Vital statistics of India. Vol. IV, Annual returns from 1871 to 1876. British Army of India, Native Army and jails of Bengal
Year: 1871
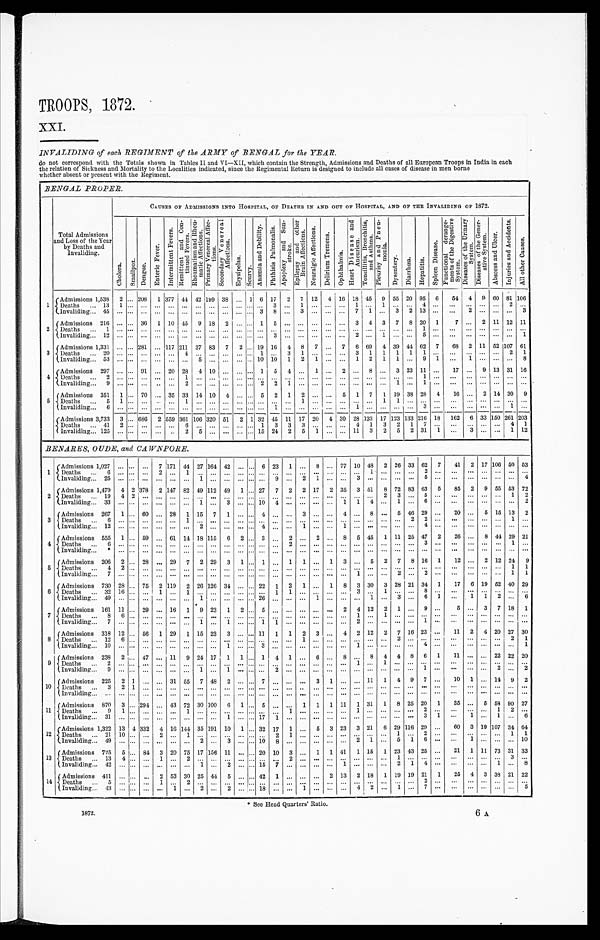
TROOPS, 1872
.
XXI.
INVALIDING of each REGIMENT of the ARMY of BENGAL for the YEAR.
do not correspond with the Totals shown in Tables II and VI—XII, which contain the Strength, Admissions and Deaths of all European Troops in India in each
the relation of Sickness and Mortality to the Localities indicated, since the Regimental Return is designed to include all cases of disease in men borne
whether absent or present with the Regiment.
BENGAL PROPER.
CAUSES OF ADMISSIONS INTO HOSPITAL, OF DEATHS IN AND OUT OF HOSPITAL, AND OF THE INVALIDING OF 1872.
Total Admissions
and Loss of the Year
by Deaths and
Invaliding.
C h o l e r a .
S m a l l p o x .
D e n g u e .
E n t e r i c F e v e r .
I n t e r m i t t e n t F e v e r s .
R e m i t t e n t a n d C o n -
t i n u e d F e v e r s .
R h e u m a t i s m a n d R h e u - m a t i c A f f e c t i o n s . P r i m a r y V e n e r e a l A f f e c - t i o n s .
S e c o n d a r y V e n e r e a l A f f e c t i o n s .
E r y s i p e l a s . S c u r v y .
A n æ m i a a n d D e b i l i t y . P h t h i s i s P u l m o n a l i s .
A p o p l e x y a n d S u n - s t r o k e . E p i l e p s y a n d o t h e r B r a i n A f f e c t i o n s .
N e u r a l g i c A f f e c t i o n s .
D e l i r i u m T r e m e n s .
O p h t h a l m i a .
H e a r t D i s e a s e a n d A n e u r i s m . T o n s i l l i t i s , B r o n c h i t i s , a n d A s t h u m a .
P l e u r i s y a n d P n e u - m o n i a .
D y s e n t e r y . D i a r r h œ a .
H e p a t i t i s .
S p l e e n D i s e a s e .
F u n c t i o n a l d e r a n g e - m e n t s o f t h e D i g e s t i v e S y s t e m .
D i s e a s e s o f t h e U r i n a r y S y s t e m . D i s e a s e s o f t h e G e n e r - a t i v e S y s t e m .
A b s c e s s a n d U l c e r .
I n j u r i e s a n d A c c i d e n t s .
A l l o t h e r C a u s e s .
1
Admissions 1 538 2 ... 2 0 8
1 377 44
4 2 19 9 3 8 . . . 1 6 17 2 7
1 2 4 16 18 4 5
9 55 20 95 6 54 4 9 60 81 106
Deaths ... 1 3 1 ... . . . . . .
. . . . . . . . . . . . . . . . . . . . . ... 3
. . . 1 ...... . . . 1 . . . 1
. . . . . .
4 ...
. . . . . . . . . ...2
. . .
I n v a l i d i n g . . . 4 5 . . .
... . . . . . . . . . ... . . . . . . . . . . . . . . .
3 8
. . . 3 ...... . . . 7 1 . . .
3 2 13...
. . . 2 ... ... ... 3
2
Admissions 216 ... ... 36 1 10 45 9
1 8 2 . . . . . . 1 5 ... ... . . . ... ... 3 4 3 7 8 20 1
7 ... 2 11 12 11
Deaths ... 1
. . .
... . . . . . . . . .
... . . . . . . . . . . . . . . .
...... . . . . . . ...... . . . . . . . . . . . . . . . . . .
1
. . .
. . . . . . . . .
......
. . .
I n v a l i d i n g . . . 1 2 . . .
... . . . . . . . . .
... . . . . . . . . . . . . . . .
...3
. . . . . . ...... . . . 2 . . . 1 . . . . . .
5
. . .
. . . . . . . . .
......
1
3
A d m i s s i o n s 1 , 3 3 1 ... ... 281 ... 117 211 37 83 7 2 . . . 19 16 4 8 7 ... 7 6 69 4 39
4 4 62 7 68 2 11 52 107
6 1
Deaths ... 20 ... ... ... . . . . . .
4
. . . . . . . . . . . . . . .
1 ... 3 1 ... ... ... 3 1 1 1 1 1 ... ... ... ... ... 2 1
Invaliding ... 53 ... ... ... ... ... ... 5 ... ... ... ... 10 10 1 2 1 ...
. . . 1 2 1 1
. . . 9 1 . . .
1 ... ... ... 8
4 Admissions 297 ... ... 91 ... 20 28 4 10 ... ... . . . 1 5 4 ... 1 ... 2 ... 8 ... 3 23 11 ... 17 ... 9 13 31 16
D e a t h s . . . 2 . . .
... . . . . . . . . . 1 . . . . . . . . . . . . . . .
...... . . . . . . ...... . . . . . . . . . . . . . . . . . .
1 ...
. . . . . . . . .
......
. . .
I n v a l i d i n g . . . 9 . . .
... . . . . . . . . 2 . . . . . . . . . . . . . . .
2 2
1 . . . ...... . . . . . . . . . . . . 1 . . .
1 ...
. . . . . . . . .
......
. . .
5 Admission 351 1 ... 70 ... 35 33 14
1 0 4 ... ... 5 2 1 2 . . . ... 5 1 7 1 19 38 28 4
16 ... 2 14 30 9
D e a t h s . . . 5 1 ... . . . . . . . . 1 . . . . . . . . . . . . . . .
...... . . . 1 ...... . . . . . . . . . 1 1 . . .
... . . . ... ... . . . ... . . . ...
I n v a l i d i n g . . . 6 . . .
... . . . . . . . . . ... . . . . . . . . . . . . . . .
...1
. . . . . . ... ... ...
1 . . . . . . . . . . . . 3 ... . . .
. . . . . .
...1
. . .
Admissions 3,733 3
...
686
2 5 5 9 361 106
3 2 0 5 1 2 1
32 45 1 1 1 7 2 04
3 0 2 8 133 17 123 133 216 18 162 6 33 150 261 203
Deaths ... 41 2 ... ... ... ... 6 ... ... ... ... ... 1 3 3 3 ... ... ... 4 1 3 2 1 7 ... ...
. . . . . . ... 4 1
Invaliding... 125
. . . ... ... ... .. 2 5 ... ... ... ... 15 24 2 5 1 ... ... 11 3 2 5 2 31 1 ... 3 ... ... 1 12
BENARES, OUDE, and CAWNPORE.
1 Admissions 1,027
. . .
... ...
7
171 44 27 164 42 ... ... 6 23 1 ... 8 ... 77 10 48 2 26 33 62 7 41 2 17 106 50 53
D e a t h s . . . 6
. . . . . . . . . 2 ... 1 . . . . . . ... . . . . . . . . . . . . . . . . . . . . . . . . . . .
... 1 ...... . . . 2 . . . ... . . . ... . . . . . . . . .
I n v a l i d i n g . . . 2 5 . . . . . . . . . . . .
... . . . 1 . . . ... . . . . . . . . . 9 . . . 2 1
. . . . . .
3
. . . ...... . . . 5 . . . ... . . . ... . . . . . . 4
2 Admissions
1,479 4 2 378 2 147
8 2 4 9 1 1 2 49
1 ... 27
7
2 2
1 7
2
3 5 3 51 8 72 8 3 63
5 85 2 9 55 53 72
Deaths ... 19 4 2 ... ... ... . . . . . . . . . ... . . . . . . . . . . . . . . . . . . . . . . . . . . .
... . . . 2 3
. . . 5 . . . ... . . . ... . . . 1 2
I n v a l i d i n g . . . 3 3 . . . . . . . . . . . . ... . . . 1 . . . 3
. . . . . . 1 0 4 . . . . . . . . . . . . 1 1
4 ...1
. . . 6 . . . ... . . . ... . . . . . . 2
3 Admissions 267 1 ... 60 ... 28 1 15 7 1 ... ... 4
. . . . . . 3 ... ... 4 ... 8 ... 5 46 29 ... 20 ... 5 15 13 2
D e a t h s . . . 6
. . . . . . . . . . . . ... 1 . . . . . . ... . . . . . . . . . . . . . . . . . . . . . . . . . . .
... . . . ...... 2 2 . . . ... . . . ... . . . 1 . . .
I n v a l i d i n g . . . 1 2 . . . . . . . . . . . . ... . . . 2 . . . ... . . . . . . 4 . . . . . . 1 . . . . . . 1 ... . . . ...... . . . 4 . . . ... . . . ... . . . . . . . . .
4 Admissions 555 1 . . . 59
. . . 61 14
1 8 1 1 5 6 2 . . . 3
. . . 2
. . . 2 ... 8 5 45 1 11 25 47 2 26 . . . 8 44 29 21
D e a t h s . . . 6
. . . . . .
. . . . . . ... . . . . . . . . . . . . . . . . . . . . . . . .
2 . . . . . .
. . . . . . ... . . . . . . ... . . . 3 . . . ... . . . ... . . . 1 . . .
Invaliding... * . . . . . . . . . . . . ... . . . . . . . . . . . . . . . . . . . . . . . . . . .
. . . . . .
. . . . . . ... . . . . . . ... . . . . . . . . .
. . . . . . . . . . . . . . .
. . .
5 Admissions 206 2 . . . 28 ... 29 7 2 29 3 1 ... 1
. . . 1 1 ... 1 3 ... 5 2 7 8 16 1 12 ... 2 12 24 9
D e a t h s . . . 4
2 . . .
. . . . . . ... . . . . . . . . . ... . . . . . . . . . . . . . . . . . . . . . . . . . . .
... . . . ...... . . . . . . . . . ... . . . ... . . . 1 1
I n v a l i d i n g . . . 7 . . . . . . . . . . . . ... . . . . . . . . . ... . . . . . . . . . . . . . . . . . . . . . . . . . . .
1
. . . ...2
. . . 2 . . . ... . . . ... . . . 1 1
6
Admissions 730 28 ... 75 2 119 2 2 6 126 34 ... ... 22 1 2 1 ... 1 8 3 30 3 28 21 34 1 17 6 19 52 40 29
D e a t h s . . . 3 2 16 . . . . . . 1 ... 1 . . .
. . . . . . . . . . . . . . . 1 1
. . . . . . . . . . . .
3
. . . 1 ... . . . 8 . . . ... . . . ... . . . . . . . . .
I n v a l i d i n g . . . 4 9 . . . . . . . . . . . . ... . . . 1
. . . ... . . . . . . 2 6 . . . . . . . . . 1
. . . . . .
... 1 ...3
. . . 6 1 ... 1 1
2 . . . 6
7 Admissions 161 11 ... 29 ... 16 1 9 23 1 2 ...
5 ... ...
. . . ... ... 2 4 12 2 1 ... 9 ...
5 ... 3 7 18 1
D e a t h s . . . 8
6 . . . . . . . . . ... . . . . . . . . . ... . . . . . . . . . . . . . . . . . . . . . . . . . . .
1
. . . 1 ... . . . . . . . . .
... . . . ... . . . . . . . . .
I n v a l i d i n g . . . 7 . . . . . . . . . . . . ... . . . 1 . . . 1
. . . . . . 1 1 . . . . . . . . . . . . . . .
2
. . . ...... . . . 1 . . .
... . . . ... . . . . . . . . .
8 Admissions 318 12 ... 56 1 29 1 15 23 3 ... ... 11 1 1 2 3 ... 4 2 12 2 7 16 23 ... 11 2 4 20 27 30
D e a t h s . . . 1 2
6 . . . . . . . . . ... . . . . . . . . . ... . . . . . . . . . . . . . . . 1 . . . . . . . . .
... . . . ...2
. . . . . . . . . ... . . . ... . . . 2 1
I n v a l i d i n g . . . 1 0 . . . . . . . . . . . . ... . . . . . . . . . 1
. . . . . . 3 . . . . . . . . . . . . . . . . . .
1
. . . ...... . . . 4 . . . ... . . . ... . . . . . . 1
9 Admissions 238 2 . . . 47 . . . 11 9 24 17 1 1 ...
1 4 1
. . . 6 ... 8 ... 8 4 4 8 6 1 11 ... ... 22 22 20
Deaths ... 2
. . . . . . . . . . . . ... . . . . . . . . . ... . . . . . . . . . . . . . . . . . . . . . . . . . . .
1
. . . 1 ... . . . . . . . . . ... . . . ... . . . . . . . . .
I n v a l i d i n g . . . 9 . . . . . . . . . . . . ... . . . 1 . . . 1
. . . . . . . . . 2 . . . . . . . . . . . . . . .
... . . . ...... . . . 1 . . . ... . . . ... 2 . . . 2
10
A d m i s s i o n s 2 2 5 2 1
. . . . . . 31 55 7 48 2 ... ... 7
. . . . . .
. . . 3 1
. . . ... 11 1 4 9 7
. . . 10 1 ... 14 9 2
D e a t h s . . . 3
2 1
. . . . . . . . ... . . . . . . . . . . . . . . . . . . . . . . . . . . . . . . . . .
. . . . . . ... . . . . . . ... . . . . . . . . .
. . . . . . ... . . . . . . . . .
I n v a l i d i n g . . . . . . . . . . . . . . . . . . ... . . . . . . . . . ... . . . . . . . . . . . . . . . . . . . . . . . . . . .
... . . . ...... . . . . . . . . . ... . . . ... . . . . . . . . .
11 Admissions 870 3 . . . 294 . . . 43 72 30 100 6 1 ... 5
. . . . . . 1 1 1 11 1 31 1 8 25 20 1 35 . . . 5 58 90 27
D e a t h s . . . 9
1 . . .
. . . . . . ... 1 . . . . . . . . .
. . . . . . . . . . . . 1
. . . . . . . . . . . .
1
. . . . . . ...
. . . 2 . . .
. . .
. . . . . .
1 2 . . .
I n v a l i d i n g . . . 3 1 . . . . . . . . . . . . ... . . . . . . . . . 1
. . . . . . 1 7 1 . . . . . . . . . . . . . . .
... . . . ...... . . . 3 1 ... 1 ... 1 . . . 6
12
Admissions 1,322 13 4 332 4 16 144 35 191 10
1 . . . 3 2 17 1
. . . 5 3 23 3 21 6 29 116 29 ... 60 3 19 107 34 64
Deaths
. . .
2 1 10 . . . . . . 2 ... 1 . . . . . . . . .
. . . . . . . . . . 2 1
. . . . . . . . . . . .
... . . . ...1
. . . 2 . . . ... . . . ... . . . 1 1
Invaliding... 4 9
. . . . . . . . . . . .
... . . . 2 . . . 3
. . . . . . 1 0 8 . . . . . . . . . . . . . . .
2
1 ...5
1 6 . . . ... 1 ... . . . . . . 1 0
13 Admissions 725 5 . . . 84
3 20
7 5 17 156 11 ... ... 20 10 3 . . . 1 1 41 1 15 1 23
4 3 25 ... 21 1 11 73 31 33
Deaths ... 13 4 . . . . . . 1 ... 2 . . . . . . ... . . . . . . . . . . . . 2
. . . . . . . . . . . .
... . . . ...1
. . . . . . . . . ... . . . ... . . . 3 . . .
I n v a l i d i n g . . . 4 2 . . . . . . . . . . . .
... . . . 1 . . . 2
. . . . . . 1 5 7 . . . . . . . . . . . . 1 ... . . . ...2
1 4 . . . ... . . . ... 1 . . . 8
14
A d m i s s i o n s 4 1 1
. . . . . . . . . 2 53
3 0 25 44 5 ... ... 42 1 ... ... ... 2 13 2 18 1 19 19 21 1 25 4 3 38 21 22
Deaths ... 5
. . . . . . . . . 1 ... 2
. . . . . .
... . . . . . . . . . . . . . . . . . . . . . . . . . . .
... . . .
...... . . . 2
. . .
... . . .
... . . . . . .
. . .
Invaliding...
4 3 ...
. . . . . . . . .
1
. . . 2 . . .
2
. . . . . . 1 8 . . . . . . 1
. . . . . . . . .
4
2 ...1
. . . 7 . . .
... . . .
... . . . . . .
5
* See Head Quarters' Ratio.
1872.
6 A